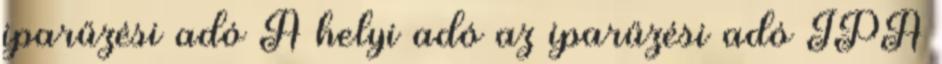
iparűzési adó A helyi adó az iparűzési adó IPA